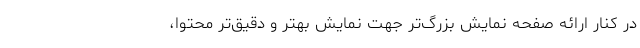
در کنار ارائه صفحه نمایش بزرگ‌تر جهت نمایش بهتر و دقیق‌تر محتوا،